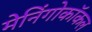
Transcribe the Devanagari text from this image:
मेनिंगोकॉकल